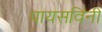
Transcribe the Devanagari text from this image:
पायसविनी